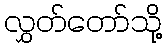
လွှတ်တော်သို့